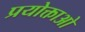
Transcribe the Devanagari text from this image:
प्रयोक्ताओ